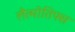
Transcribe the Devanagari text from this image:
लैत्मोतिफ्स